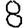
Digit: 8